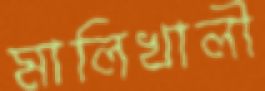
মালিখালী